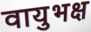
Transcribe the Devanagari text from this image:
वायुभक्ष